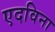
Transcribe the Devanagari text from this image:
एदविना